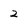
Character: 2